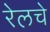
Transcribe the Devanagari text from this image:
रेलचे